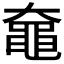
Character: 𬹞